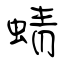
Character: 蜻